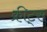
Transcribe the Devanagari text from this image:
क्रीट्स